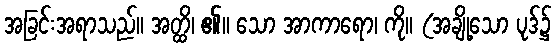
အခြင်းအရာသည်။ အတ္ထိ၊ ၏။ သော အာကာရော၊ ကို။ (အချို့သော ပုဒ်၌